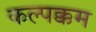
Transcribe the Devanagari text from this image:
कल्पक्कम